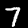
Label: 7